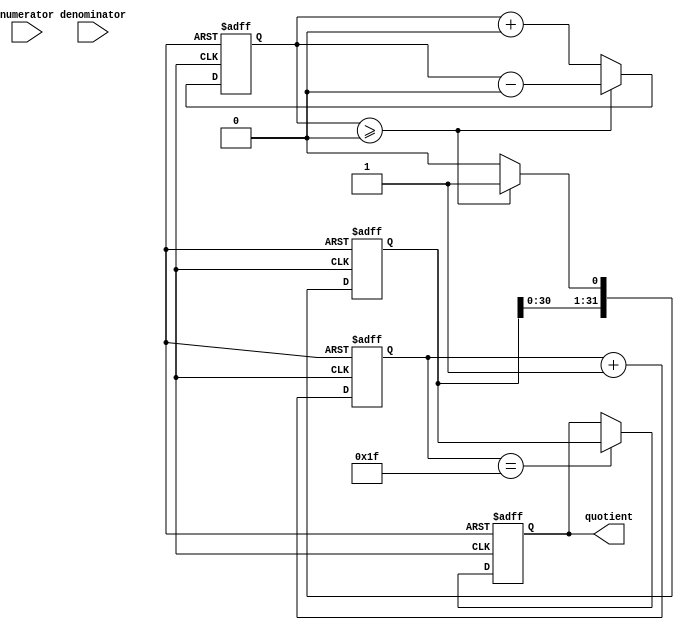
module FixedPointDivider (
    input [31:0] numerator,
    input [31:0] denominator,
    output reg [31:0] quotient
);

reg [63:0] scaled_numerator;
reg [63:0] scaled_denominator;

reg [31:0] temp_quotient;
reg [31:0] remainder;
reg [4:0] shift_count;

always @(*) begin
    scaled_numerator = numerator << 32;
    scaled_denominator = denominator << 32;
end

always @(posedge clk or posedge rst) begin
    if (rst) begin
        quotient <= 0;
        shift_count <= 0;
        temp_quotient <= 0;
        remainder <= 0;
    end else begin
        if (remainder >= 0) begin
            remainder <= remainder - scaled_denominator;
            temp_quotient <= temp_quotient << 1;
            temp_quotient[0] <= 1;
        end else begin
            remainder <= remainder + scaled_denominator;
            temp_quotient <= temp_quotient << 1;
        end
        if (shift_count == 31) begin
            quotient <= temp_quotient;
        end
        shift_count <= shift_count + 1;
    end
end

endmodule